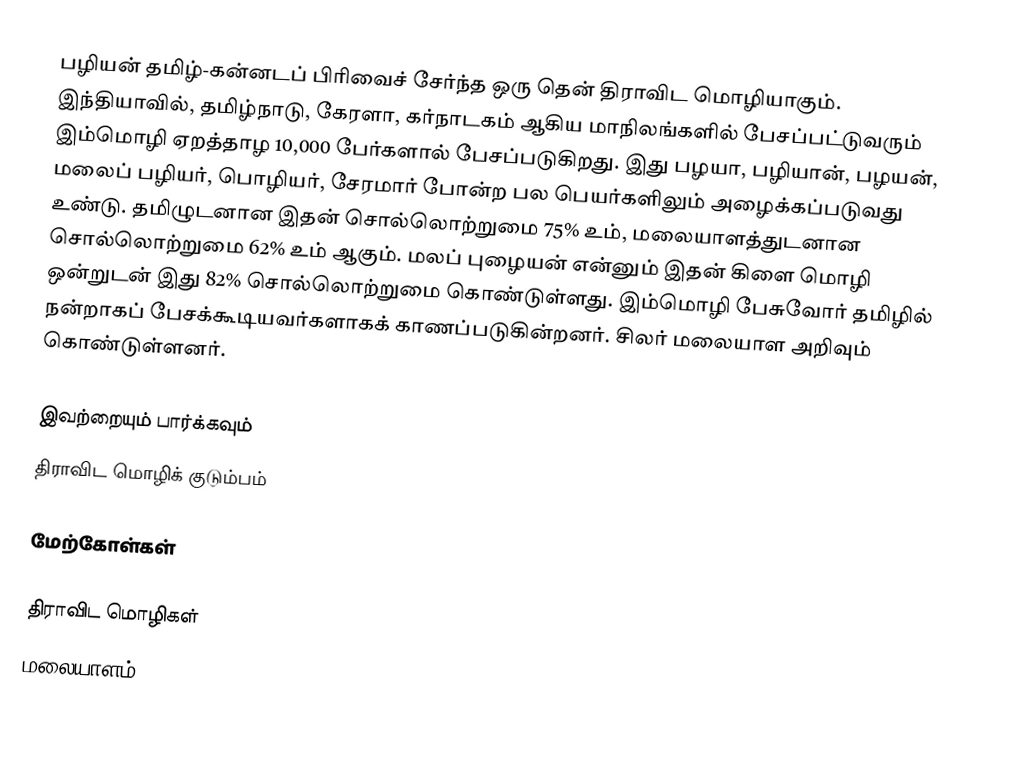
பழியன் தமிழ்-கன்னடப் பிரிவைச் சேர்ந்த ஒரு தென் திராவிட மொழியாகும். இந்தியாவில், தமிழ்நாடு, கேரளா, கர்நாடகம் ஆகிய மாநிலங்களில் பேசப்பட்டுவரும் இம்மொழி ஏறத்தாழ 10,000 பேர்களால் பேசப்படுகிறது. இது பழயா, பழியான், பழயன், மலைப் பழியர், பொழியர், சேரமார் போன்ற பல பெயர்களிலும் அழைக்கப்படுவது உண்டு. தமிழுடனான இதன் சொல்லொற்றுமை 75% உம், மலையாளத்துடனான சொல்லொற்றுமை 62% உம் ஆகும். மலப் புழையன் என்னும் இதன் கிளை மொழி ஒன்றுடன் இது 82% சொல்லொற்றுமை கொண்டுள்ளது. இம்மொழி பேசுவோர் தமிழில் நன்றாகப் பேசக்கூடியவர்களாகக் காணப்படுகின்றனர். சிலர் மலையாள அறிவும் கொண்டுள்ளனர்.

இவற்றையும் பார்க்கவும்
 திராவிட மொழிக் குடும்பம்

மேற்கோள்கள்

திராவிட மொழிகள்
மலையாளம்